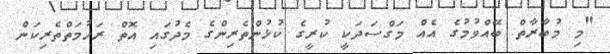
"މި މުބާރާތް ބޭއްވުމުގެ އެއް މަގްސަދަކީ ކުރީގެ ކުޅުންތެރިންގެ މެދުގައި އޮތް ރަހުމަތްތެރިކަން